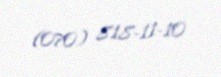
(070) 818-11-10